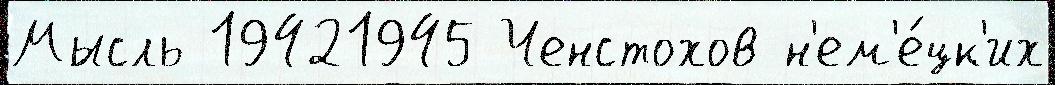
Мысль 19421945 Ченстохов н'ем'е́цк'их